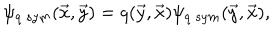
\psi _ { q ~ s y m } ( \vec { x } , \vec { y } ) = q ( \vec { y } , \vec { x } ) \psi _ { q ~ s y m } ( \vec { y } , \vec { x } ) ,